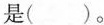
是（ ）。